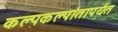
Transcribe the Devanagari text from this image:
कल्पकल्पांतापर्यंत